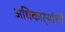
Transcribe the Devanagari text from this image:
अधिकार्‍यांशी